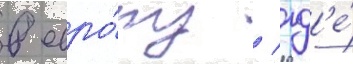
в евро́пу / гд'е́